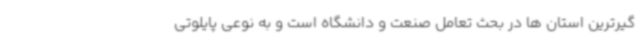
گیرترین استان ها در بحث تعامل صنعت و دانشگاه است و به نوعی پایلوتی